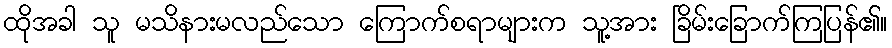
ထိုအခါ သူ မသိနားမလည်သော ကြောက်စရာများက သူ့အား ခြိမ်းခြောက်ကြပြန်၏။